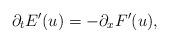
LaTeX: \begin{align*}\partial_tE'(u)=-\partial_xF'(u),\end{align*}